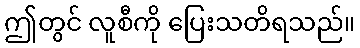
ဤတွင် လူစီကို ပြေးသတိရသည်။